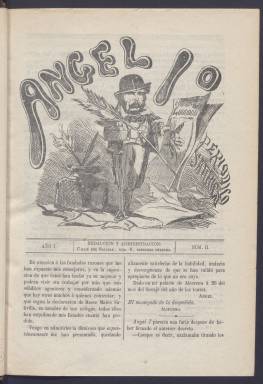
Título: Ángel 1º
Otros títulos: Ángel primero || Ángel primero || Ángel I
Colección: Periódicos || Revistas satíricas y humorísticas
Ámbito geográfico: Madrid
Lugar de publicación: Madrid
Fechas: 01/01/1872-31/12/1874